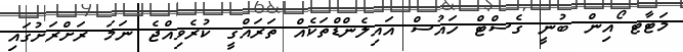
މަޓާޓ ޯއިން ބުނީ ގެސްޓް ހައުސް އައިލެންޑްތަކެއް ތަރައްގީ ކުރެވިއްޖެ ނަމަ ރަށްރަށުގައި